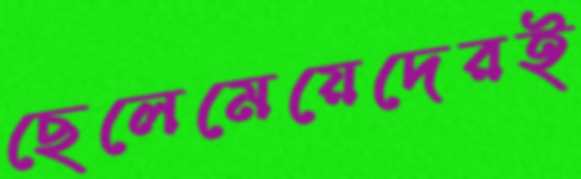
ছেলেমেয়েদেরই